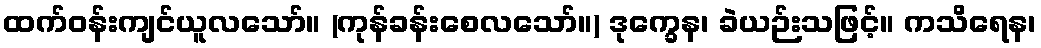
ထက်ဝန်းကျင်ယူလသော်။ (ကုန်ခန်းစေလသော်။) ဒုက္ခေန၊ ခဲယဉ်းသဖြင့်။ ကသိရေန၊